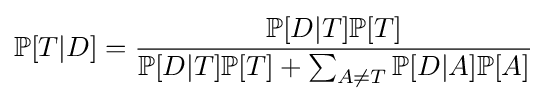
\mathbb {P} [T|D]={\frac {\mathbb {P} [D|T]\mathbb {P} [T]}{\mathbb {P} [D|T]\mathbb {P} [T]+\sum _{A\neq T}\mathbb {P} [D|A]\mathbb {P} [A]}}